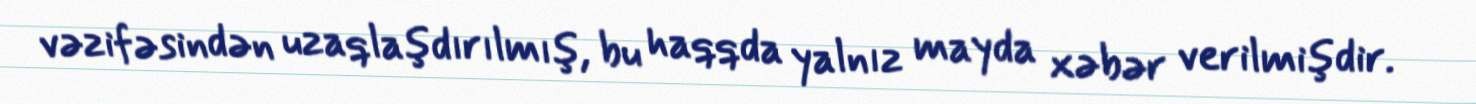
vəzifəsindən uzaqlaşdırılmış, bu haqqda yalnız mayda xəbər verilmişdir.